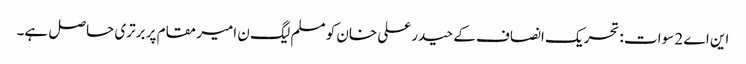
این اے 2 سوات : تحریک انصاف کے حیدر علی خان کو مسلم لیگ ن امیر مقام پر برتری حاصل ہے۔